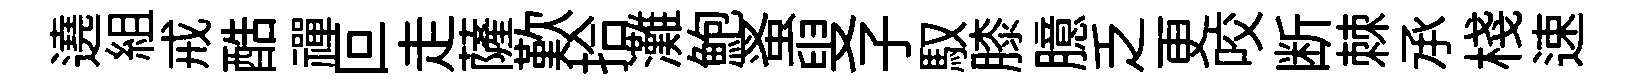
遶組戒酷禪叵走薩歎拾灘鮑蚤叟子馭膝臆乏更咬断棘𠄘棧速